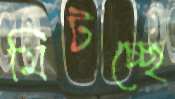
মিটচ্ছে